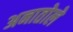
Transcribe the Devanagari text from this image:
अनातोले